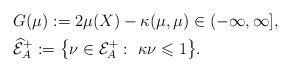
LaTeX: \begin{align*}&G(\mu):=2\mu(X)-\kappa(\mu,\mu)\in(-\infty,\infty],\\&\widehat{\mathcal E}^+_A:=\bigl\{\nu\in\mathcal E^+_A: \ \kappa\nu\leqslant1\bigr\}.\end{align*}